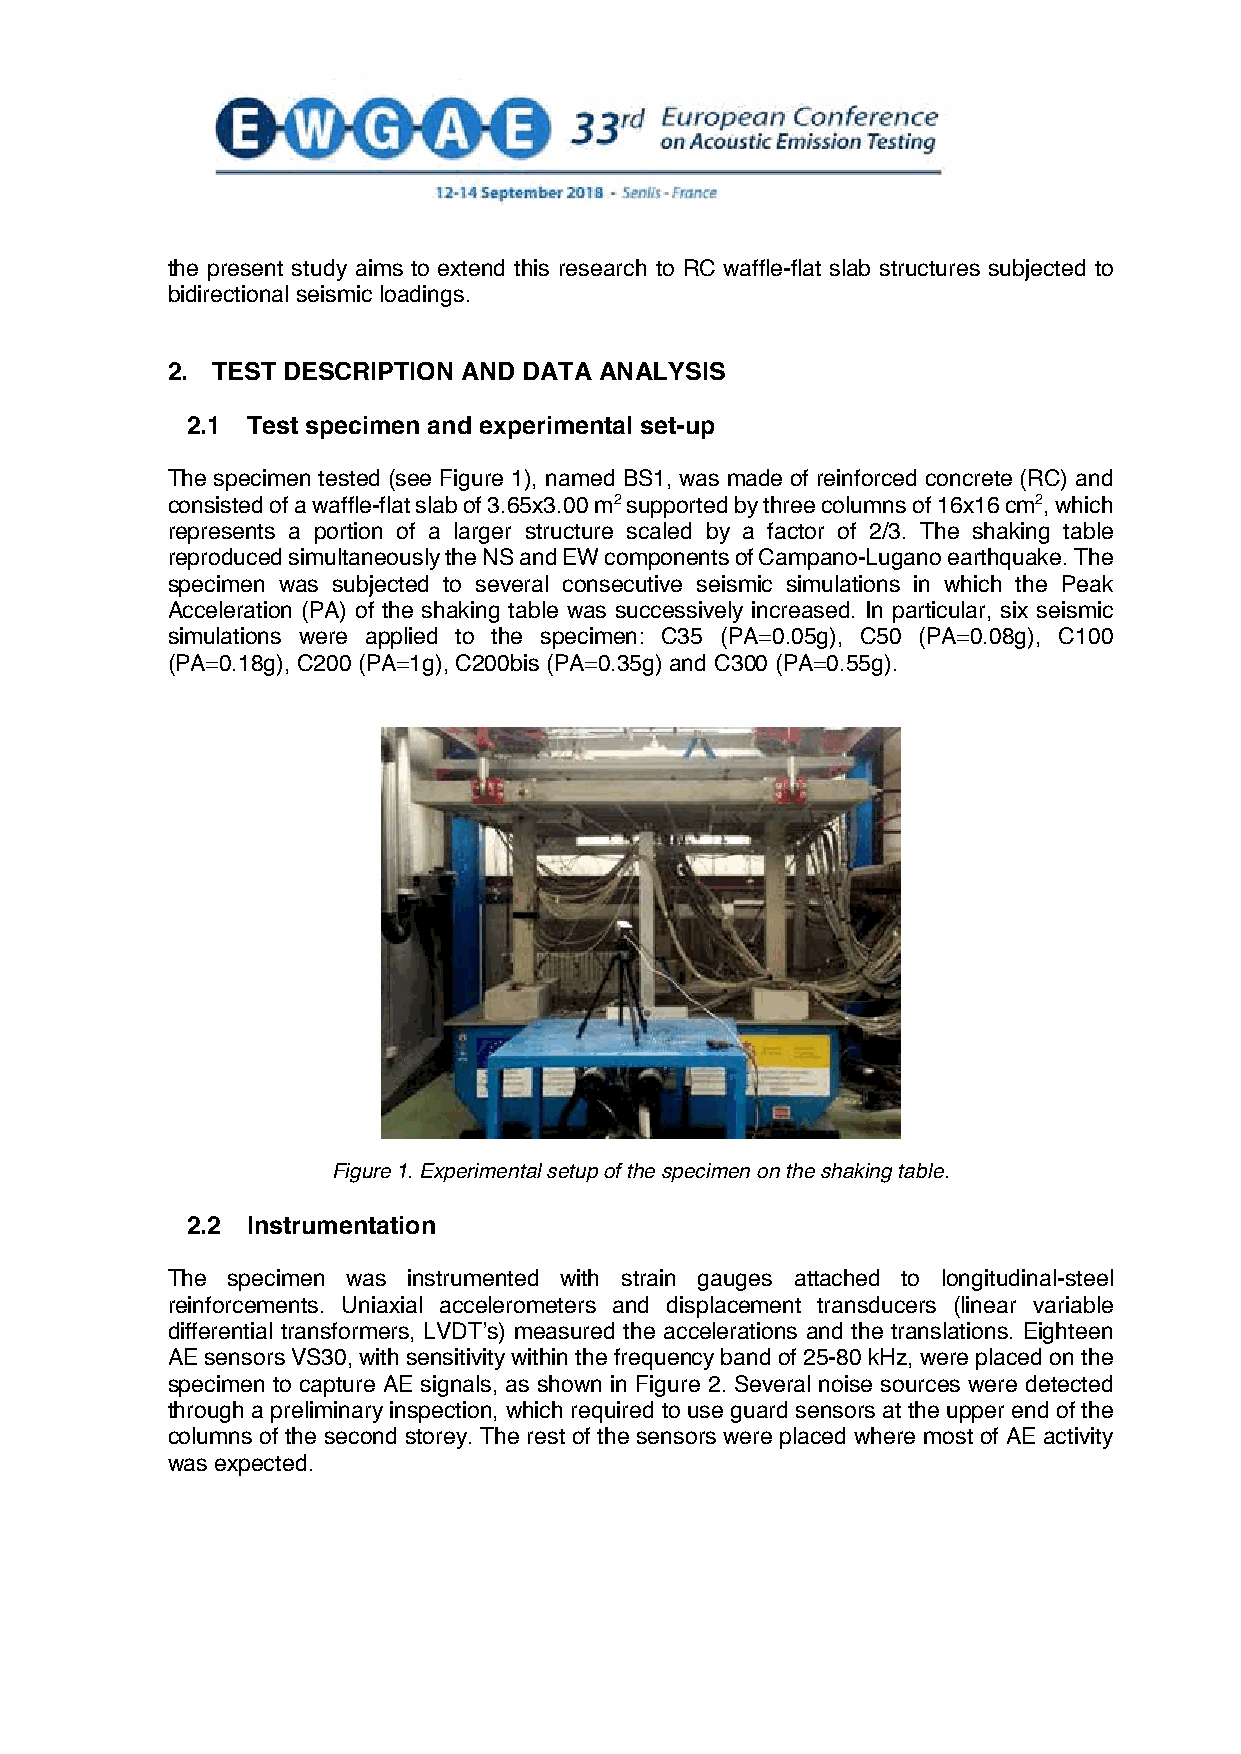
the present study aims to extend this research to RC waffle-flat slab structures subjected to
 bidirectional seismic loadings.
 2. TEST DESCRIPTION AND DATA ANALYSIS
 2.1 Test specimen and experimental set-up
 The specimen tested (see Figure 1), named BS1, was made of reinforced concrete (RC) and
 consisted of a waffle-flat slab of 3.65x3.00 m2 supported by three columns of 16x16 cm2, which
 represents a portion of a larger structure scaled by a factor of 2/3. The shaking table
 reproduced simultaneously the NS and EW components of Campano-Lugano earthquake. The
 specimen was subjected to several consecutive seismic simulations in which the Peak
 Acceleration (PA) of the shaking table was successively increased. In particular, six seismic
 simulations were applied to the specimen: C35 (PA=0.05g), C50 (PA=0.08g), C100
 (PA=0.18g), C200 (PA=1g), C200bis (PA=0.35g) and C300 (PA=0.55g).
 Figure 1. Experimental setup of the specimen on the shaking table.
 2.2 Instrumentation
 The specimen was instrumented with strain gauges attached to longitudinal-steel
 reinforcements. Uniaxial accelerometers and displacement transducers (linear variable
 differential transformers, LVDTʼs) measured the accelerations and the translations. Eighteen
 AE sensors VS30, with sensitivity within the frequency band of 25-80 kHz, were placed on the
 specimen to capture AE signals, as shown in Figure 2. Several noise sources were detected
 through a preliminary inspection, which required to use guard sensors at the upper end of the
 columns of the second storey. The rest of the sensors were placed where most of AE activity
 was expected.
 2